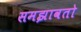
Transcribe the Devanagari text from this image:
समझावतो